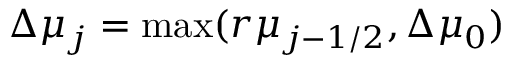
\Delta \mu _ { j } = \mathrm { m a x } ( r \mu _ { j - 1 / 2 } , \Delta \mu _ { 0 } )